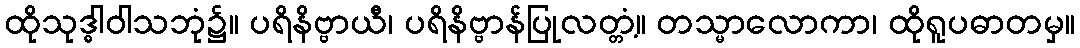
ထိုသုဒ္ဓါဝါသဘုံ၌။ ပရိနိဗ္ဗာယီ၊ ပရိနိဗ္ဗာန်ပြုလတ္တံ့။ တသ္မာလောကာ၊ ထိုရူပဓာတမှ။